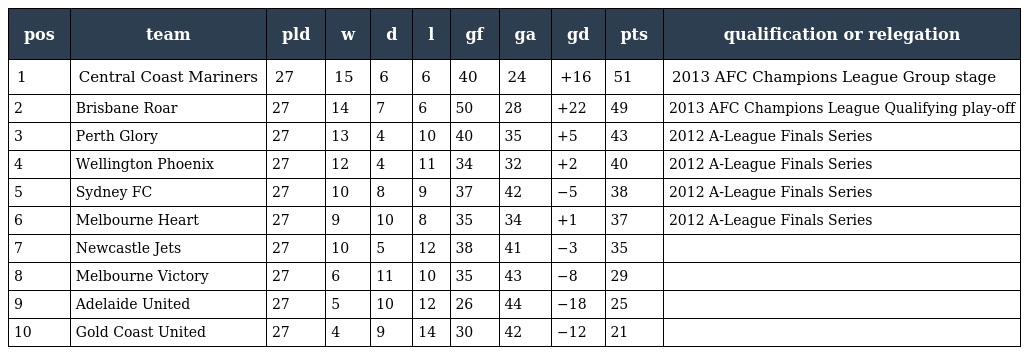
| pos | team | pld | w | d | l | gf | ga | gd | pts | qualification or relegation |
 | --- | --- | --- | --- | --- | --- | --- | --- | --- | --- | --- |
 | 1 | Central Coast Mariners | 27 | 15 | 6 | 6 | 40 | 24 | +16 | 51 | 2013 AFC Champions League Group stage |
 | 2 | Brisbane Roar | 27 | 14 | 7 | 6 | 50 | 28 | +22 | 49 | 2013 AFC Champions League Qualifying play-off |
 | 3 | Perth Glory | 27 | 13 | 4 | 10 | 40 | 35 | +5 | 43 | 2012 A-League Finals Series |
 | 4 | Wellington Phoenix | 27 | 12 | 4 | 11 | 34 | 32 | +2 | 40 | 2012 A-League Finals Series |
 | 5 | Sydney FC | 27 | 10 | 8 | 9 | 37 | 42 | −5 | 38 | 2012 A-League Finals Series |
 | 6 | Melbourne Heart | 27 | 9 | 10 | 8 | 35 | 34 | +1 | 37 | 2012 A-League Finals Series |
 | 7 | Newcastle Jets | 27 | 10 | 5 | 12 | 38 | 41 | −3 | 35 |  |
 | 8 | Melbourne Victory | 27 | 6 | 11 | 10 | 35 | 43 | −8 | 29 |  |
 | 9 | Adelaide United | 27 | 5 | 10 | 12 | 26 | 44 | −18 | 25 |  |
 | 10 | Gold Coast United | 27 | 4 | 9 | 14 | 30 | 42 | −12 | 21 |  |